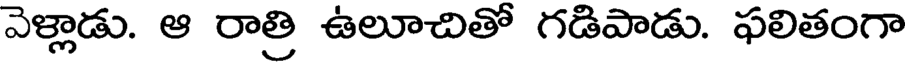
వెళ్లాడు. ఆ రాత్రి ఉలూచితో గడిపాడు. ఫలితంగా